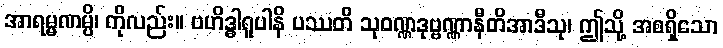
အာရမ္မဏမ္ပိ၊ ကိုလည်း။ ဗဟိဒ္ဓါရူပါနိ ပဿတိ သုဝဏ္ဏဒုဗ္ဗဏ္ဏာနီတိအာဒီသု၊ ဤသို့ အစရှိသော